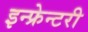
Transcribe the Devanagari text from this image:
इन्फ्रेन्टरी